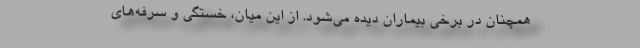
همچنان در برخی بیماران دیده می‌شود. از این میان، خستگی و سرفه‌های